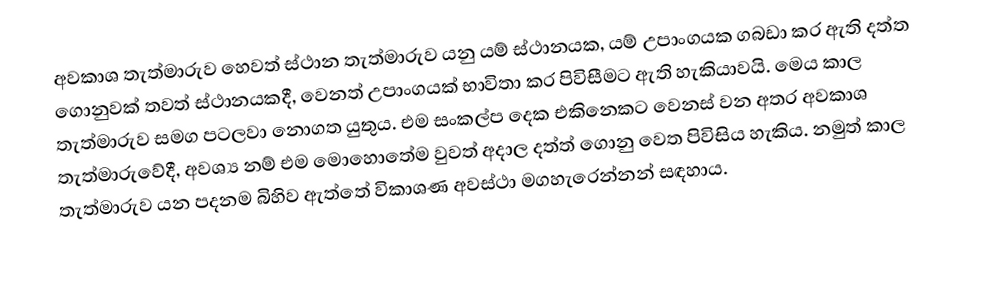
අවකාශ තැත්මාරුව හෙවත් ස්ථාන තැත්මාරුව යනු යම් ස්ථානයක, යම් උපාංගයක ගබඩා කර ඇති දත්ත ගොනුවක් තවත් ස්ථානයකදී, වෙනත් උපාංගයක් භාවිතා කර පිවිසීමට ඇති හැකියාවයි. මෙය කාල තැත්මාරුව සමග පටලවා නොගත යුතුය. එම සංකල්ප දෙක එකිනෙකට වෙනස් වන අතර අවකාශ තැත්මාරුවේදී, අවශ්‍ය නම් එම මොහොතේම වුවත් අදාල දත්ත් ගොනු වෙත පිවිසිය හැකිය. නමුත් කාල තැත්මාරුව යන පදනම බිහිව ඇත්තේ විකාශණ අවස්ථා මගහැරෙන්නන් සඳහාය.